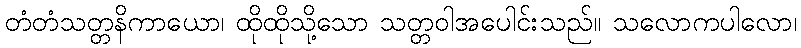
တံတံသတ္တနိကာယော၊ ထိုထိုသို့သော သတ္တဝါအပေါင်းသည်။ သလောကပါလော၊